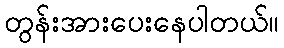
တွန်းအားပေးနေပါတယ်။